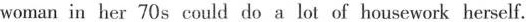
woman in her 70s could do a lot of housework herself.